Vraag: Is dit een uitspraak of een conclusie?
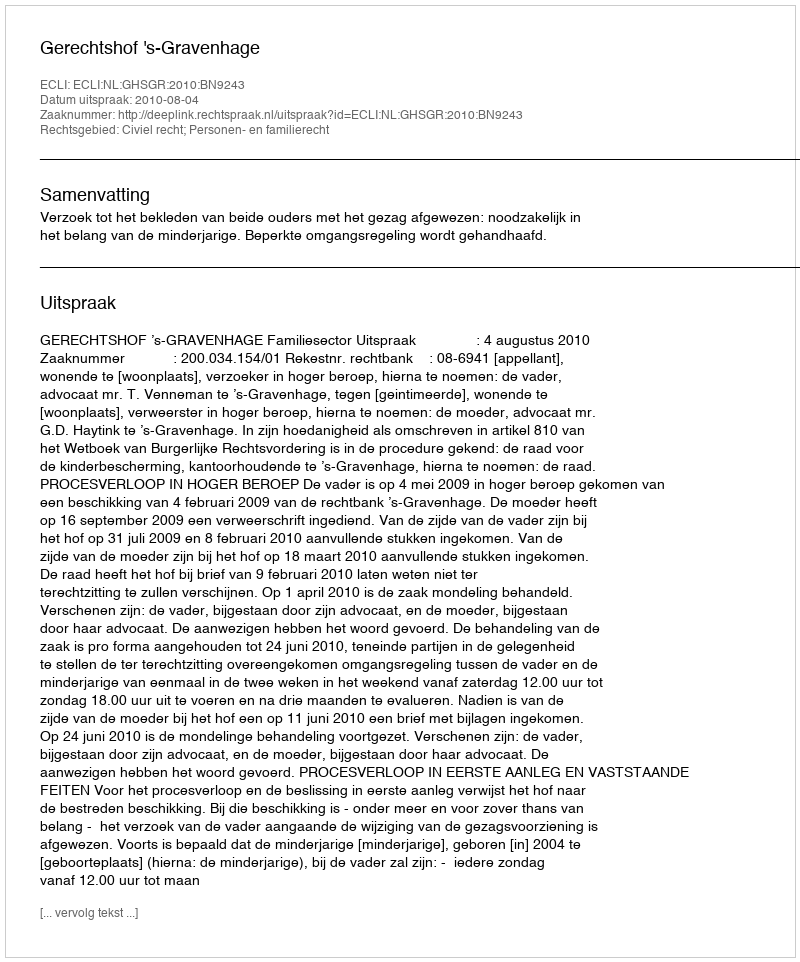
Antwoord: Uitspraak